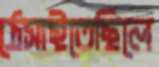
ঠেসাইতেছিলে